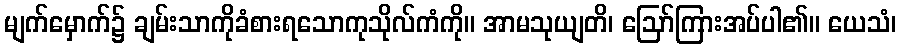
မျက်မှောက်၌ ချမ်းသာကိုခံစားရသောကုသိုလ်ကံကို။ အာမသုယျတိ၊ ဩော်ကြားအပ်ပါ၏။ ယေသံ၊